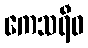
ကေသရီဝ